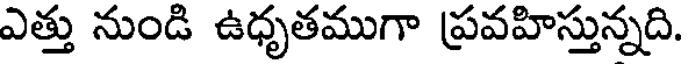
ఎత్తు నుండి ఉధృతముగా ప్రవహిస్తున్నది.